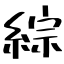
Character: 綜